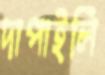
দাপাইলি